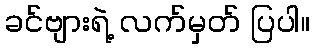
ခင်ဗျားရဲ့ လက်မှတ် ပြပါ။